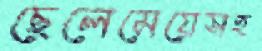
ছেলেমেয়েসহ